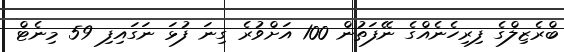
ބްރެޒިލްގެ ފިރިހެނެއްގެ ނޭފަތުން 100 އަށްވުރެ ގިނަ ފުޅަ ނަގައިފި 59 މިނެޓް